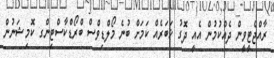
ރާއްޖެޓީވީން ދެއްކުމުން އެއީ ދޮގު ޚަބަރެއް ކަމަށް ބުނެ މޯލްޑިވްސް ބްރޯޑްކާސްޓިންގ ކޮމިޝަނުން